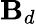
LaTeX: \mathbf{B}_{d}